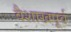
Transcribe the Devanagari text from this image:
वैशाखपूर्व